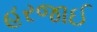
હરજાઈ